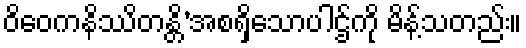
ဝိဝေကနိဿိတန္တိ’အစရှိသောပါဌ်ကို မိန့်သတည်း။